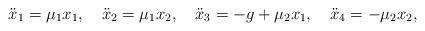
LaTeX: \begin{align*}\ddot{x}_1=\mu_1x_1,\quad\ddot{x}_2=\mu_1x_2,\quad\ddot{x}_3=-g+\mu_2x_1,\quad\ddot{x}_4=-\mu_2x_2,\end{align*}